Scottish Leaving Certificate Examination, 1957
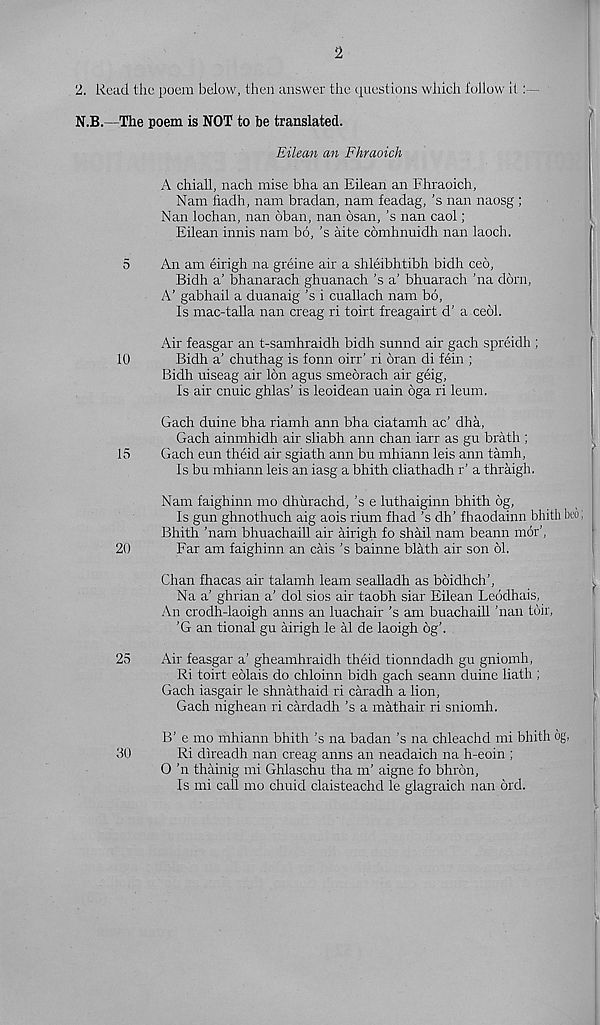
2
2. Read the poem below, then answer the questions which follow it
N.B.—The poem is NOT to be translated.
Eilean an Fhraoich
A chiall, nach raise bha an Eilean an Fhraoich,
Nam iiadh, nam bradan, nam feadag, ’s nan naosg ;
Nan lochan, nan oban, nan osan, ’s nan caol;
Eilean innis nam bo, 's aite comhnuidh nan laoch.
5
An am eirigh na greine air a shleibhtibh bidh ceo,
Bidh a’ bhanarach ghuanach ’s a’ bhuarach ’na dorn,
A’ gabhail a duanaig’s i cuallach nam bo,
Is mac-talla nan creag ri toirt freagairt d’ a ceol.
Air feasgar an t-samhraidh bidh sunnd air gach spreidh ;
10
Bidh a’ chuthag is fonn oirr’ ri bran di fein ;
Bidh uiseag air Ion agus smeorach air geig,
Is air cnuic ghlas' is leoidean uain oga ri leum.
Gach duine bha riamh ami bha ciatamh ac’ dha,
Gach ainmhidh air sliabh ann chan iarr as gu brath ;
15
Gach eun theid air sgiath ann bu mhiann leis ann tamh,
Is bu mhiann leis an iasg a bhith cliathadh r’ a thraigh.
Nam faighinn mo dhiirachd, ’s e luthaiginn bhith 6g,
Is gun ghnothuch aig aois rium fhad ’s dh’ fhaodainn bhith peo;
Bhith ’nam bhuachaill air airigh to shail nam beann mor’,
20
Far am faighinn an cais’s bainne blath air son 61,
Chan fhacas air talamh leam sealladh as boidhch’,
Na a’ ghrian a’ dol sios air taobh siar Eilean Leodhais,
An crodh-laoigh amis an luachair ’s am buachaill ’nan toil,
’G an tional gu airigh le al de laoigh 6g’.
25
Air feasgar a’ gheamhraidh theid tionndadh gu gniomh,
Ri toirt eolais do chloinn bidh gach seann duine Hath ;
Gach iasgair le shnathaid ri caradh a lion,
Gach nighean ri cardadh ’s a mathair ri sniomh.
B’ e mo nihiann bhith’s na badan’s na chleachd mi bhith 6g,
30
Ri direadh nan creag aims an neadaich na h-eoin ;
O ’n thainig mi Ghlaschu tha m’ aigne fo bhron,
Is mi call mo chuid claisteachd le glagraich nan ord.